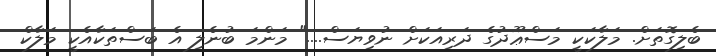
ބެލިގޮތަށް. މަލާކަކީ މަސްޢޫދުގެ ދަރިއަކަށް ނުވިޔަސް...." މަންމަ ބުނެލި އެ ބަސްތަކާއެކީ މަލާކް